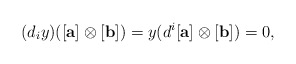
\begin{align*} (d_{i}y)([\mathbf{a}]\otimes [\mathbf{b}])=y(d^i[\mathbf{a}]\otimes [\mathbf{b}])=0, \end{align*}